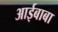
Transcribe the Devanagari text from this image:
आईबाबा